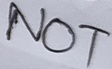
Text: NOT